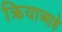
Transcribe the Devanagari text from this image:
क्रियाआहे